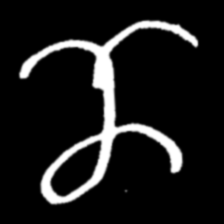
Pyu character \u2014 Myanmar letter: ဏ (romanized: nna)